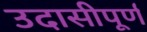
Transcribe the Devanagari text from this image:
उदासीपूर्ण